Civil Veterinary Department. Central Provinces & Berar 1932-41 - 1932-1941
Year: 1932
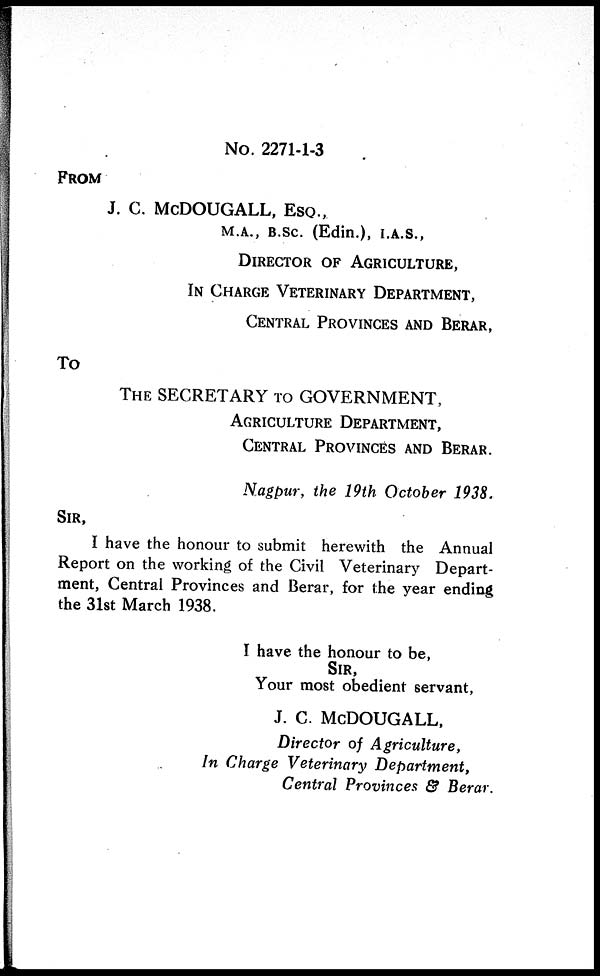
No. 2271-1-3
FROM
J. C. MCDOUGALL, ESQ.,
M.A., B.Sc. (Edin.), I.A.S.,
DIRECTOR OF AGRICULTURE,
IN CHARGE VETERINARY DEPARTMENT,
CENTRAL PROVINCES AND BERAR
To
THE SECRETARY TO GOVERNMENT,
AGRICULTURE DEPARTMENT,
CENTRAL PROVINCES AND BERAR.
Nagpur, the 19th October 1938.
SIR,
I have the honour to submit herewith the Annual
Report on the working of the Civil Veterinary Depart-
ment, Central Provinces and Berar, for the year ending
the 31st March 1938.
I have the honour to be,
SIR,
Your most obedient servant,
J. C. McDOUGALL,
Director of Agriculture,
In Charge Veterinary Department,
Central Provinces & Berar.